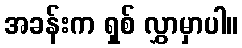
အခန်းက ရှစ် လွှာမှာပါ။